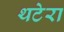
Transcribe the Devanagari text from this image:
थटेरा